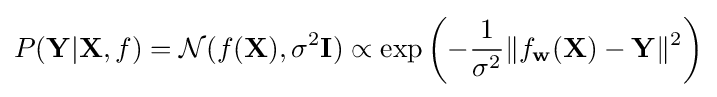
P(\mathbf {Y} |\mathbf {X} ,f)={\mathcal {N}}(f(\mathbf {X} ),\sigma ^{2}\mathbf {I} )\propto \exp \left(-{\frac {1}{\sigma ^{2}}}\|f_{\mathbf {w} }(\mathbf {X} )-\mathbf {Y} \|^{2}\right)